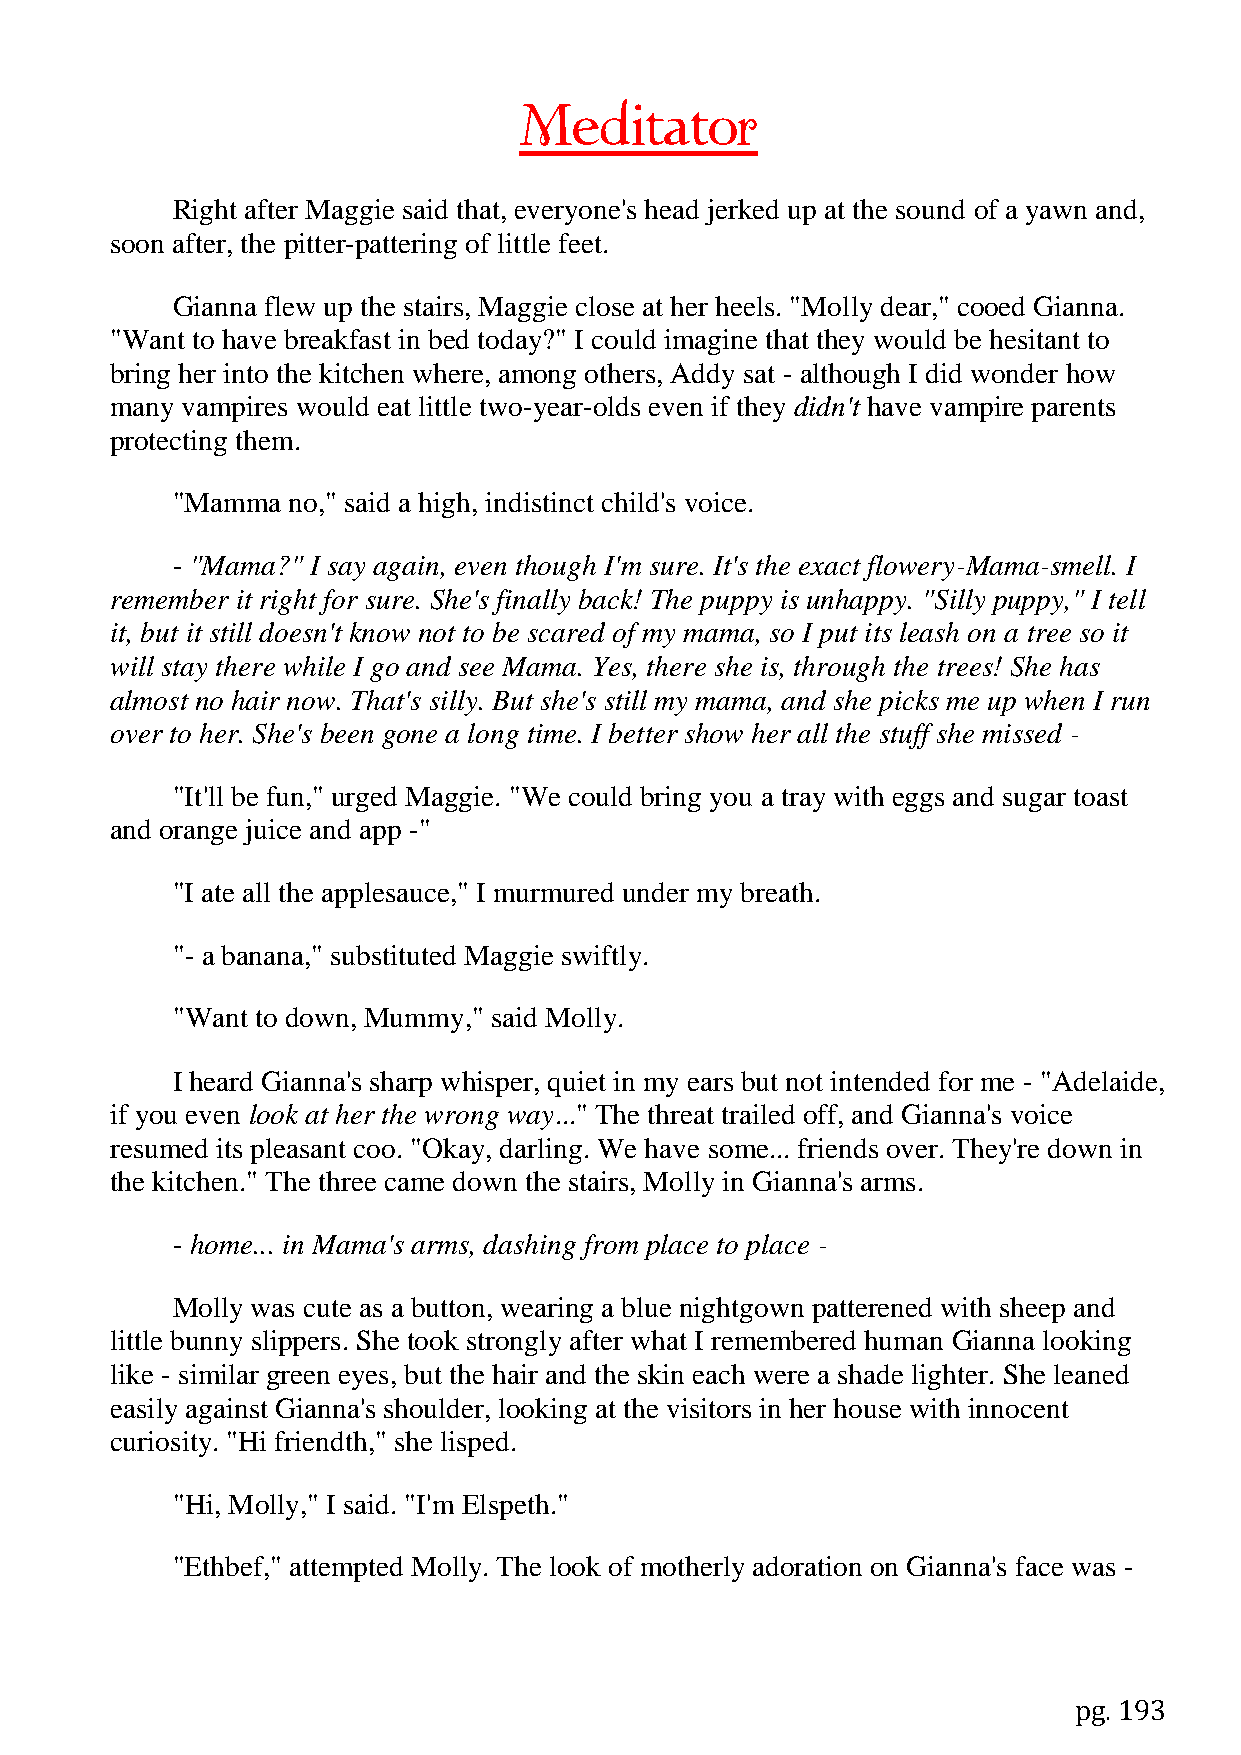
Meditator
 Right after Maggie said that, everyone's head jerked up at the sound of a yawn and,
 soon after, the pitter-pattering of little feet.
 Gianna flew up the stairs, Maggie close at her heels. "Molly dear," cooed Gianna.
 "Want to have breakfast in bed today?" I could imagine that they would be hesitant to
 bring her into the kitchen where, among others, Addy sat - although I did wonder how
 many vampires would eat little two-year-olds even if they didn't have vampire parents
 protecting them.
 "Mamma  no," said a high, indistinct child's voice.
 - "Mama?" I say again, even though I'm sure. It's the exact flowery-Mama-smell. I
 remember it right for sure. She's finally back! The puppy is unhappy. "Silly puppy," I tell
 it, but it still doesn't know not to be scared of my mama, so I put its leash on a tree so it
 will stay there while I go and see Mama. Yes, there she is, through the trees! She has
 almost no hair now. That's silly. But she's still my mama, and she picks me up when I run
 over to her. She's been gone a long time. I better show her all the stuff she missed -
 "It'll be fun," urged Maggie. "We could bring you a tray with eggs and sugar toast
 and orange juice and app -"
 "I ate all the applesauce," I murmured under my breath.
 "- a banana," substituted Maggie swiftly.
 "Want to down, Mummy," said Molly.
 I heard Gianna's sharp whisper, quiet in my ears but not intended for me - "Adelaide,
 if you even look at her the wrong way..." The threat trailed off, and Gianna's voice
 resumed its pleasant coo. "Okay, darling. We have some... friends over. They're down in
 the kitchen." The three came down the stairs, Molly in Gianna's arms.
 - home... in Mama's arms, dashing from place to place -
 Molly was cute as a button, wearing a blue nightgown patterened with sheep and
 little bunny slippers. She took strongly after what I remembered human Gianna looking
 like - similar green eyes, but the hair and the skin each were a shade lighter. She leaned
 easily against Gianna's shoulder, looking at the visitors in her house with innocent
 curiosity. "Hi friendth," she lisped.
 "Hi, Molly," I said. "I'm Elspeth."
 "Ethbef," attempted Molly. The look of motherly adoration on Gianna's face was -
 pg. 193